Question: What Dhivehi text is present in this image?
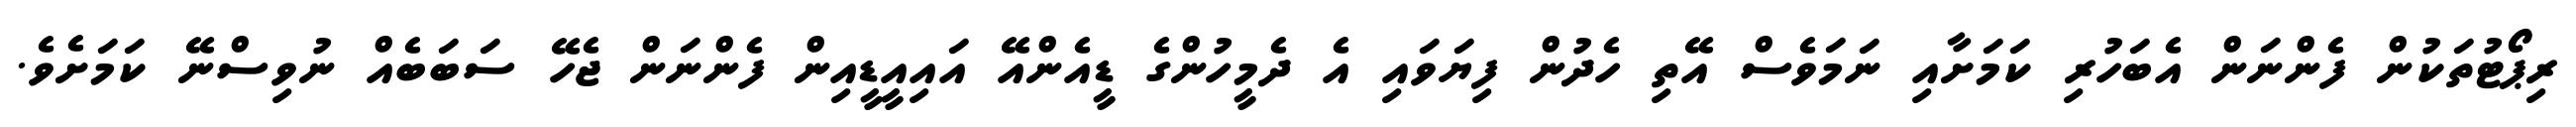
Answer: ރިޕޯޓުތަކުން ފެންނަން އެބަހުރި ކަމަށާއި ނަމަވެސް އޭތި ހެދުން ފިޔަވައި އެ ދެމީހުންގެ ޑީއެންއޭ އައިއީޑީއިން ފެންނަން ޖެހޭ ސަބަބެއް ނުވިސްނޭ ކަމަށެވެ.